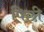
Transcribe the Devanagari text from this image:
पिछी